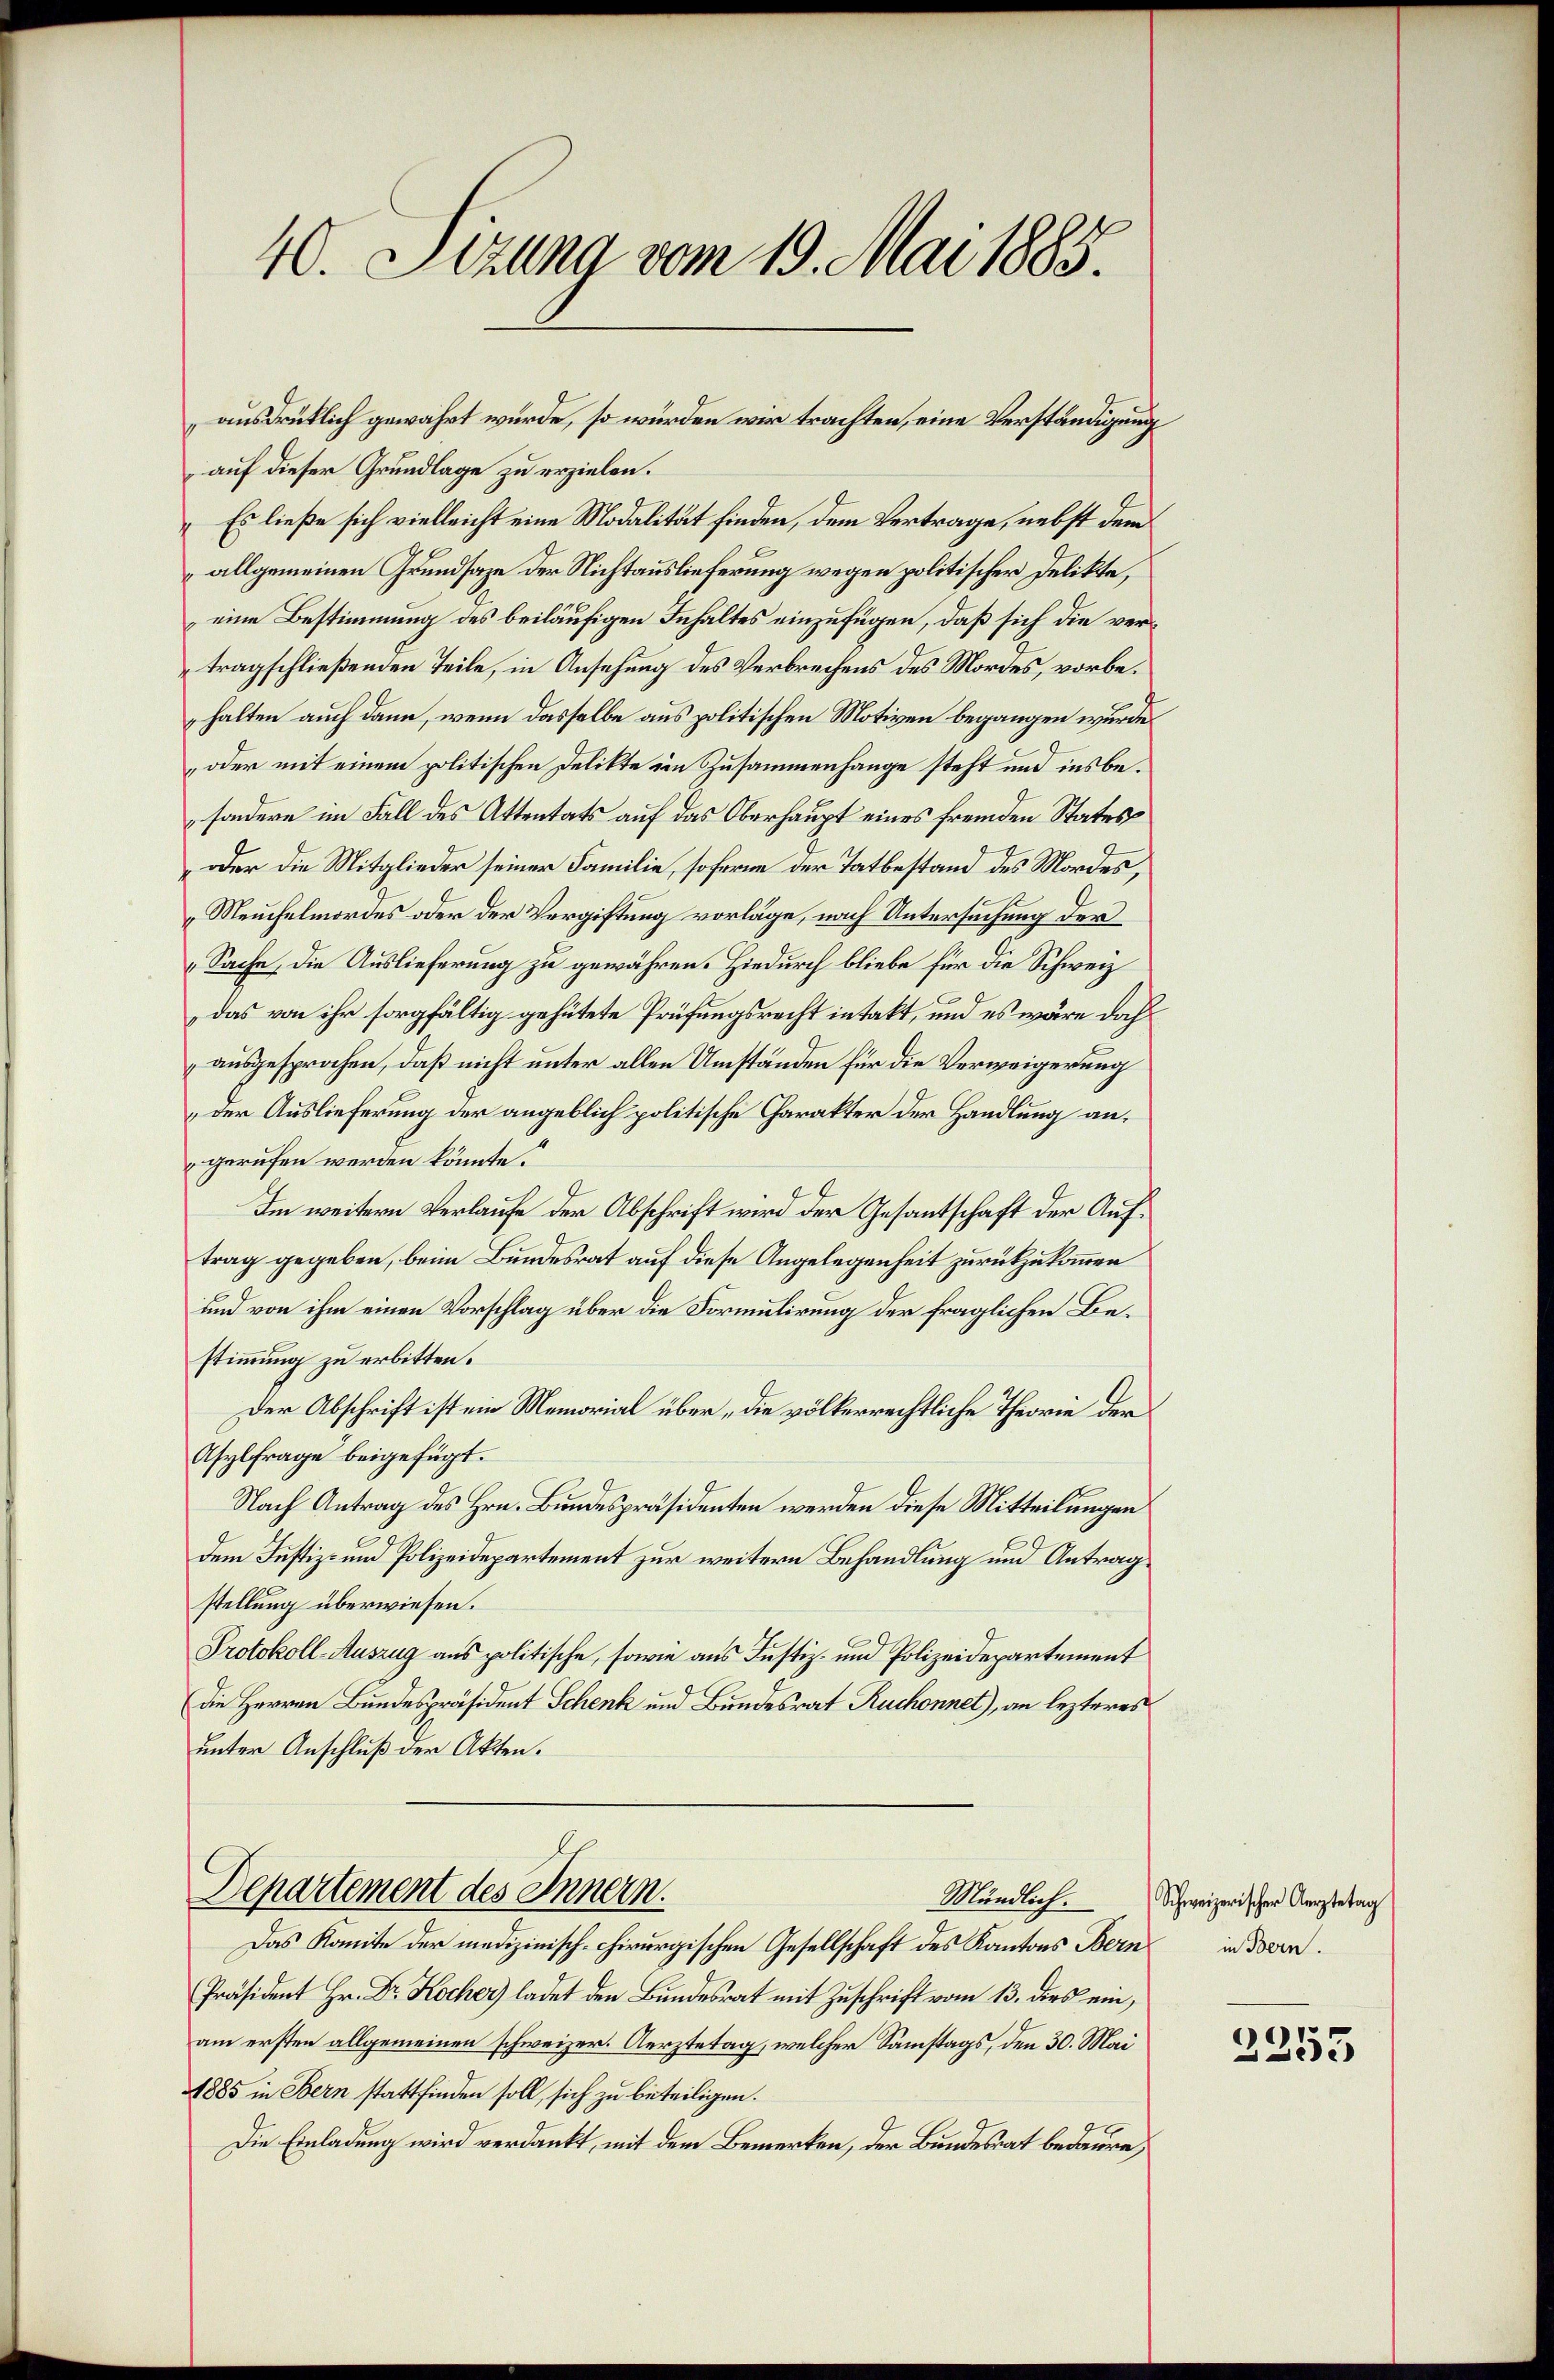
40. Sizung vom 19. Mai 1885.

auf dieser Grundlage zu erzielen.
Es ließe sich vielleicht eine Modalität finden, dem Vertrage, nebst dem
allgemeinen Grundsaze der Nichtauslieferung wegen politischer Delikte,
eine Bestimmung des beiläufigen Inhaltes einzufügen, daß sich die vertragschließenden Teile, in Ansehung des Verbrechens des Mordes, vorbehalten auch dann, wenn dasselbe aus politischen Motiven begangen wurde.
oder mit einem politischen Delikte ein Zusammenhange steht und insbesondern im Fall des Attentats auf das Oberhaupt eines fremden States
oder die Mitglieder seiner Familie, soferne der Tatbestand des Mordes,
Meuchelmordes oder der Vergiftung vorläge, nach Untersuchung der
„Sache, die Auslieferung zu gewähren. Hiedurch bliebe für die Schweiz
das von ihr sorgfältig gehütete Prüfungsrecht in takt, und es wäre dah
ausgesprochen, daß nicht unter allen Umständen für die Verweigerung
der Auslieferung der angeblich politische Charakter der Handlung angerufen werden könnte.
Im weitern Verlaufe der Abschrift wird der Gesantschaft der Auftrag gegeben, beim Bundesrat auf diese Angelegenheit zurückzukommen
und von ihm einen Vorschlag über die Formulirung der fraglichen Bestimmung zu erbitten.
Der Abschrift ist ein Memorial über, die völkerrechtliche Theorie der
Asylfrage beigefügt.
Nach Antrag des Hrn. Bundespräsidenten werden diese Mitteilungen
dem Justiz- und Polizeidepartement zur weitere Behandlung und Antragstellung überwiesen.
Protokoll-Auszug aus politische, sowie aus Justiz- und Polizeidepartement
(die Herren Bundespräsident Schenk und Bundesrat Ruchonnet), an lezteres
unter Anschluß der Akten.

ausdrüklich gewährt wurde, so würden wir trachten, eine Verständigung

Departement des Innern.
Mündlich.

Das Komite der medizinisch-chirurgischen Gesellschaft des Kantons Bern
Präsident Hr. Dr. Kocher ladet den Bundesrat mit Zuschrift vom 13. dies ein,
am ersten allgemeinen schweizer. Aerztetag, welcher Samstags, den 30. Mai
1885 in Bern stattfinden soll, sich zu beteiligen.
Die Einladung wird verdankt, mit dem Bemerken, der Bundesrat bedaure,

Schweizerischer Aerztetag
in Bern.

1
5